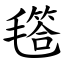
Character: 㲮